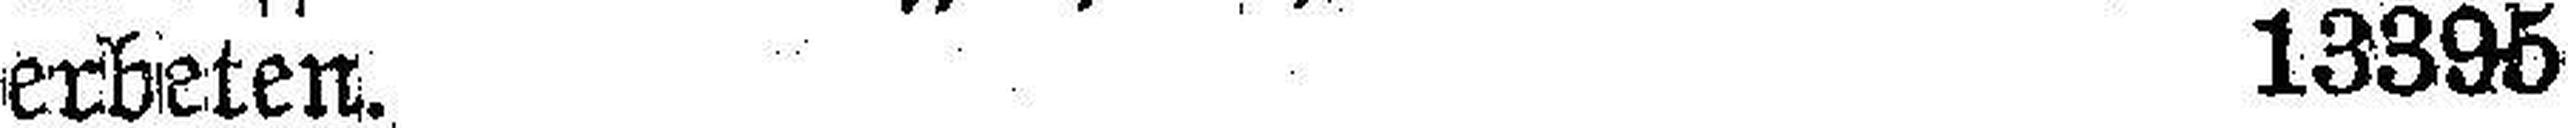
erbeten. 13395